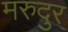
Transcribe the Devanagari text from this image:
मरुदुर